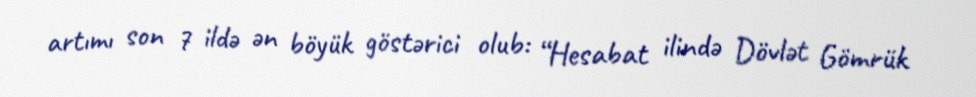
artımı son 7 ildə ən böyük göstərici olub: “Hesabat ilində Dövlət Gömrük